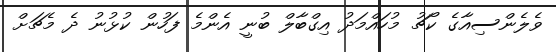
ވެލެންސިއާގެ ކޯޗު މުހައްމަދު އިގްބާލް ބުނީ އެންމެ ފަހުން ކުޅުނު ދެ މެޗަށް